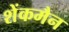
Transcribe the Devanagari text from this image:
शेंकमैन